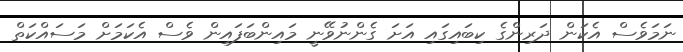
ނަމަވެސް އެކަން ދަރިންގެ ކިބައިގައި އަށަ ގެންނުވޭނީ މައިންބަފައިން ވެސް އެކަމަށް މަސައްކަތް